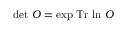
\operatorname * { d e t } \, O = \exp \, \mathrm { T r } \, \ln \, O